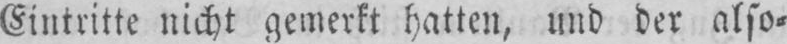
Eintritte nicht gemerkt hatten, und der also⸗